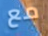
مع